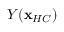
Y ( \mathbf { x } _ { H C } )